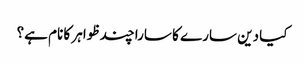
کیا دین سارے کا سارا چند ظواہر کا نام ہے؟